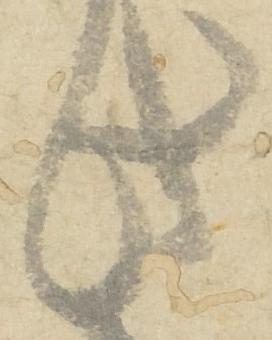
此